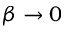
\beta \rightarrow 0